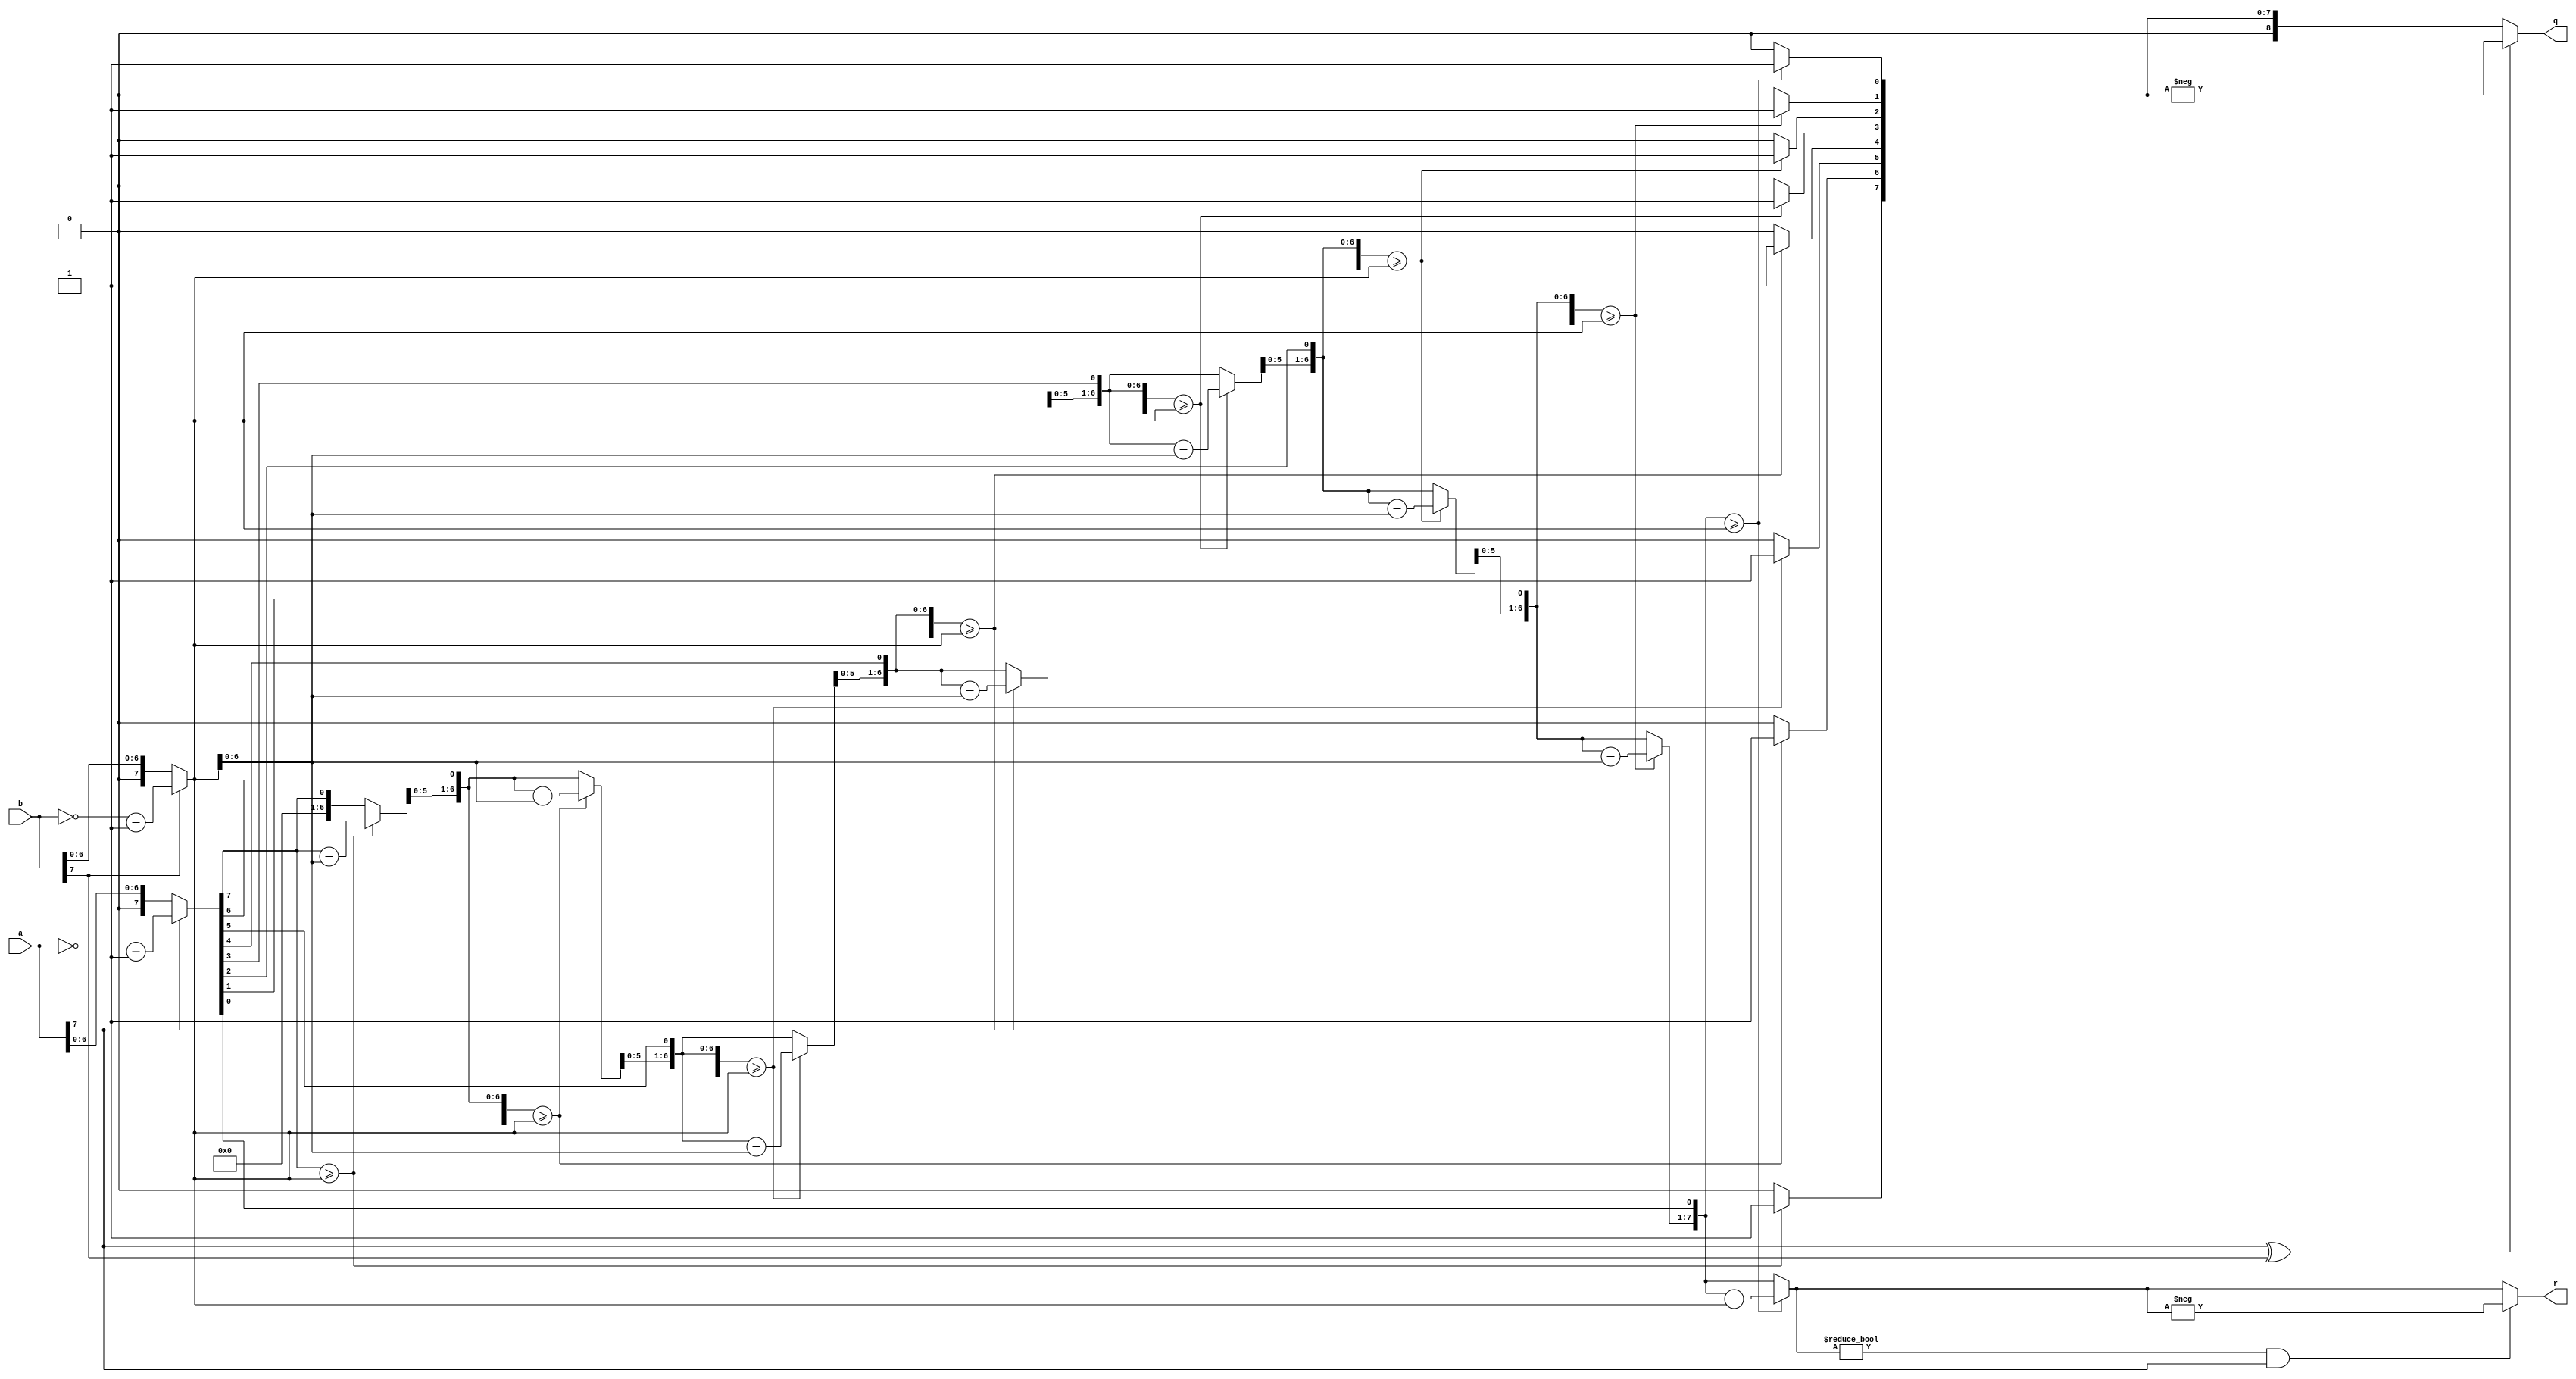
module divider(
    output reg[8:0] q,
	 output reg[7:0] r,
	 input[7:0] a,b);

reg [7:0] aux1, aux2; //valorile in binar pt a si b 
integer i; //contor

always @(*) begin
		q = 0;
		r = 0;
		if (a[7] == 1) //daca a negativ, il transform in binar
			aux1 = ~a + 8'b1; 
		else
			aux1 = a;
		if (b[7] == 1) //analog pentru b
			aux2 = ~b + 8'b1;
		else
			aux2 = b;
		for (i=7; i >= 0; i=i-1) begin //algoritmul Long Division
			r = r << 1;
			r[0] = aux1[i];
			if (r >= aux2) begin
				r = r-aux2;
				q[i] = 1;
			end
		end
		if ((a[7] ^ b[7]) == 1) //stabilesc cand e catul negativ
			q = -q;
		if ( r!= 0 && a[7] == 1) //stabilesc cand e restul negativ
			r = -r;			
		
end

endmodule